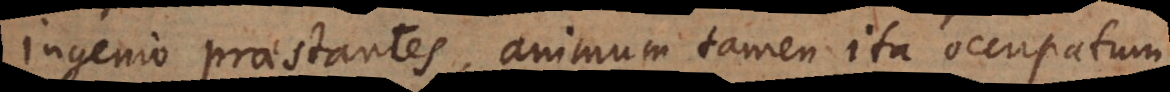
ingenio praestantes,animum tamen ita occupatum